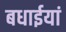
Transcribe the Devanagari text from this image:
बधाईयां